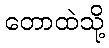
တောထဲသို့